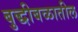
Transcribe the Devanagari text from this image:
बुद्धीबळातील